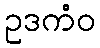
ဥဒကံဝ